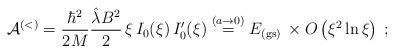
LaTeX: \begin{align*}{\mathcal A}^{(<)} =\frac{\hbar^{2}}{2M }\frac{ \hat{\lambda} B^{2} }{2}\, \xi\,I_{0} ( \xi)\,I'_{0} ( \xi)\stackrel{(a \rightarrow 0)}{=}E_{{\rm (gs)}} \,\times O\left( \xi^{2} \ln \xi\right) \; ;\end{align*}